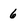
Character: 6